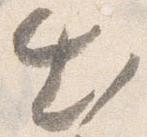
出